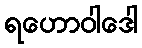
ရဟောဝါဒေါ